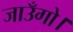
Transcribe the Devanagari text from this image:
जाउँगो।